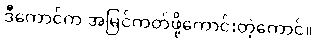
ဒီကောင်က အမြင်ကတ်ဖို့ကောင်းတဲ့ကောင်။